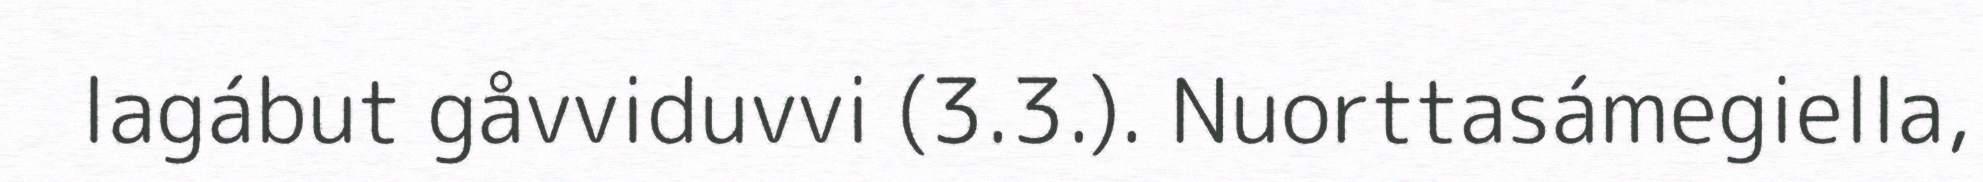
lagábut gåvviduvvi (3.3.). Nuorttasámegiella,